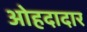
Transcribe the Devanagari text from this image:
ओहदादार